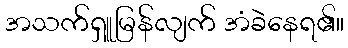
အသက်ရှူမြန်လျက် အံခဲနေရ၏။